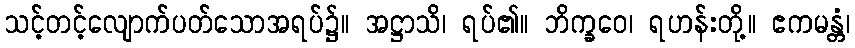
သင့်တင့်လျောက်ပတ်သောအရပ်၌။ အဋ္ဌာသိ၊ ရပ်၏။ ဘိက္ခဝေ၊ ရဟန်းတို့။ ဧကမန္တံ၊